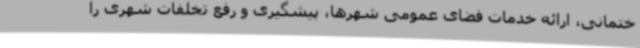
ختمانی، ارائه خدمات فضای عمومی شهرها، پیشگیری و رفع تخلفات شهری را